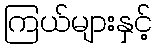
ကြယ်များနှင့်